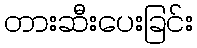
တားဆီးပေးခြင်း